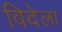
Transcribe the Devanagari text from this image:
विदेला